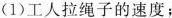
(1)工人拉绳子的速度；